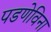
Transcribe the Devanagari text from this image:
पडणेविना